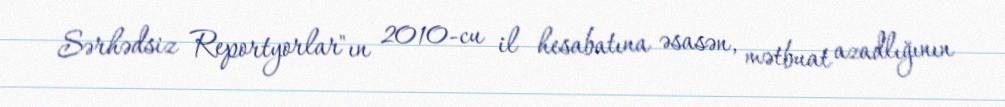
Sərhədsiz Reportyorlar"ın 2010-cu il hesabatına əsasən, mətbuat azadlığının